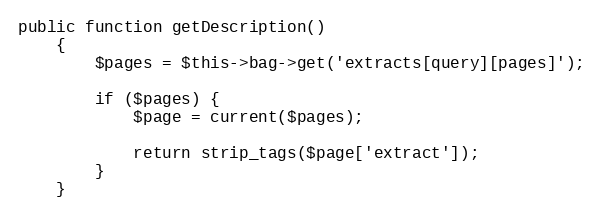
Language: PHP
public function getDescription()
    {
        $pages = $this->bag->get('extracts[query][pages]');

        if ($pages) {
            $page = current($pages);

            return strip_tags($page['extract']);
        }
    }